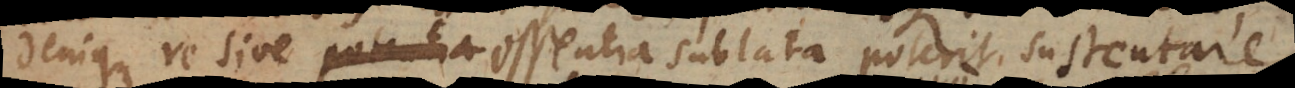
denique re sive potentia essentia sublata poterit sustentare